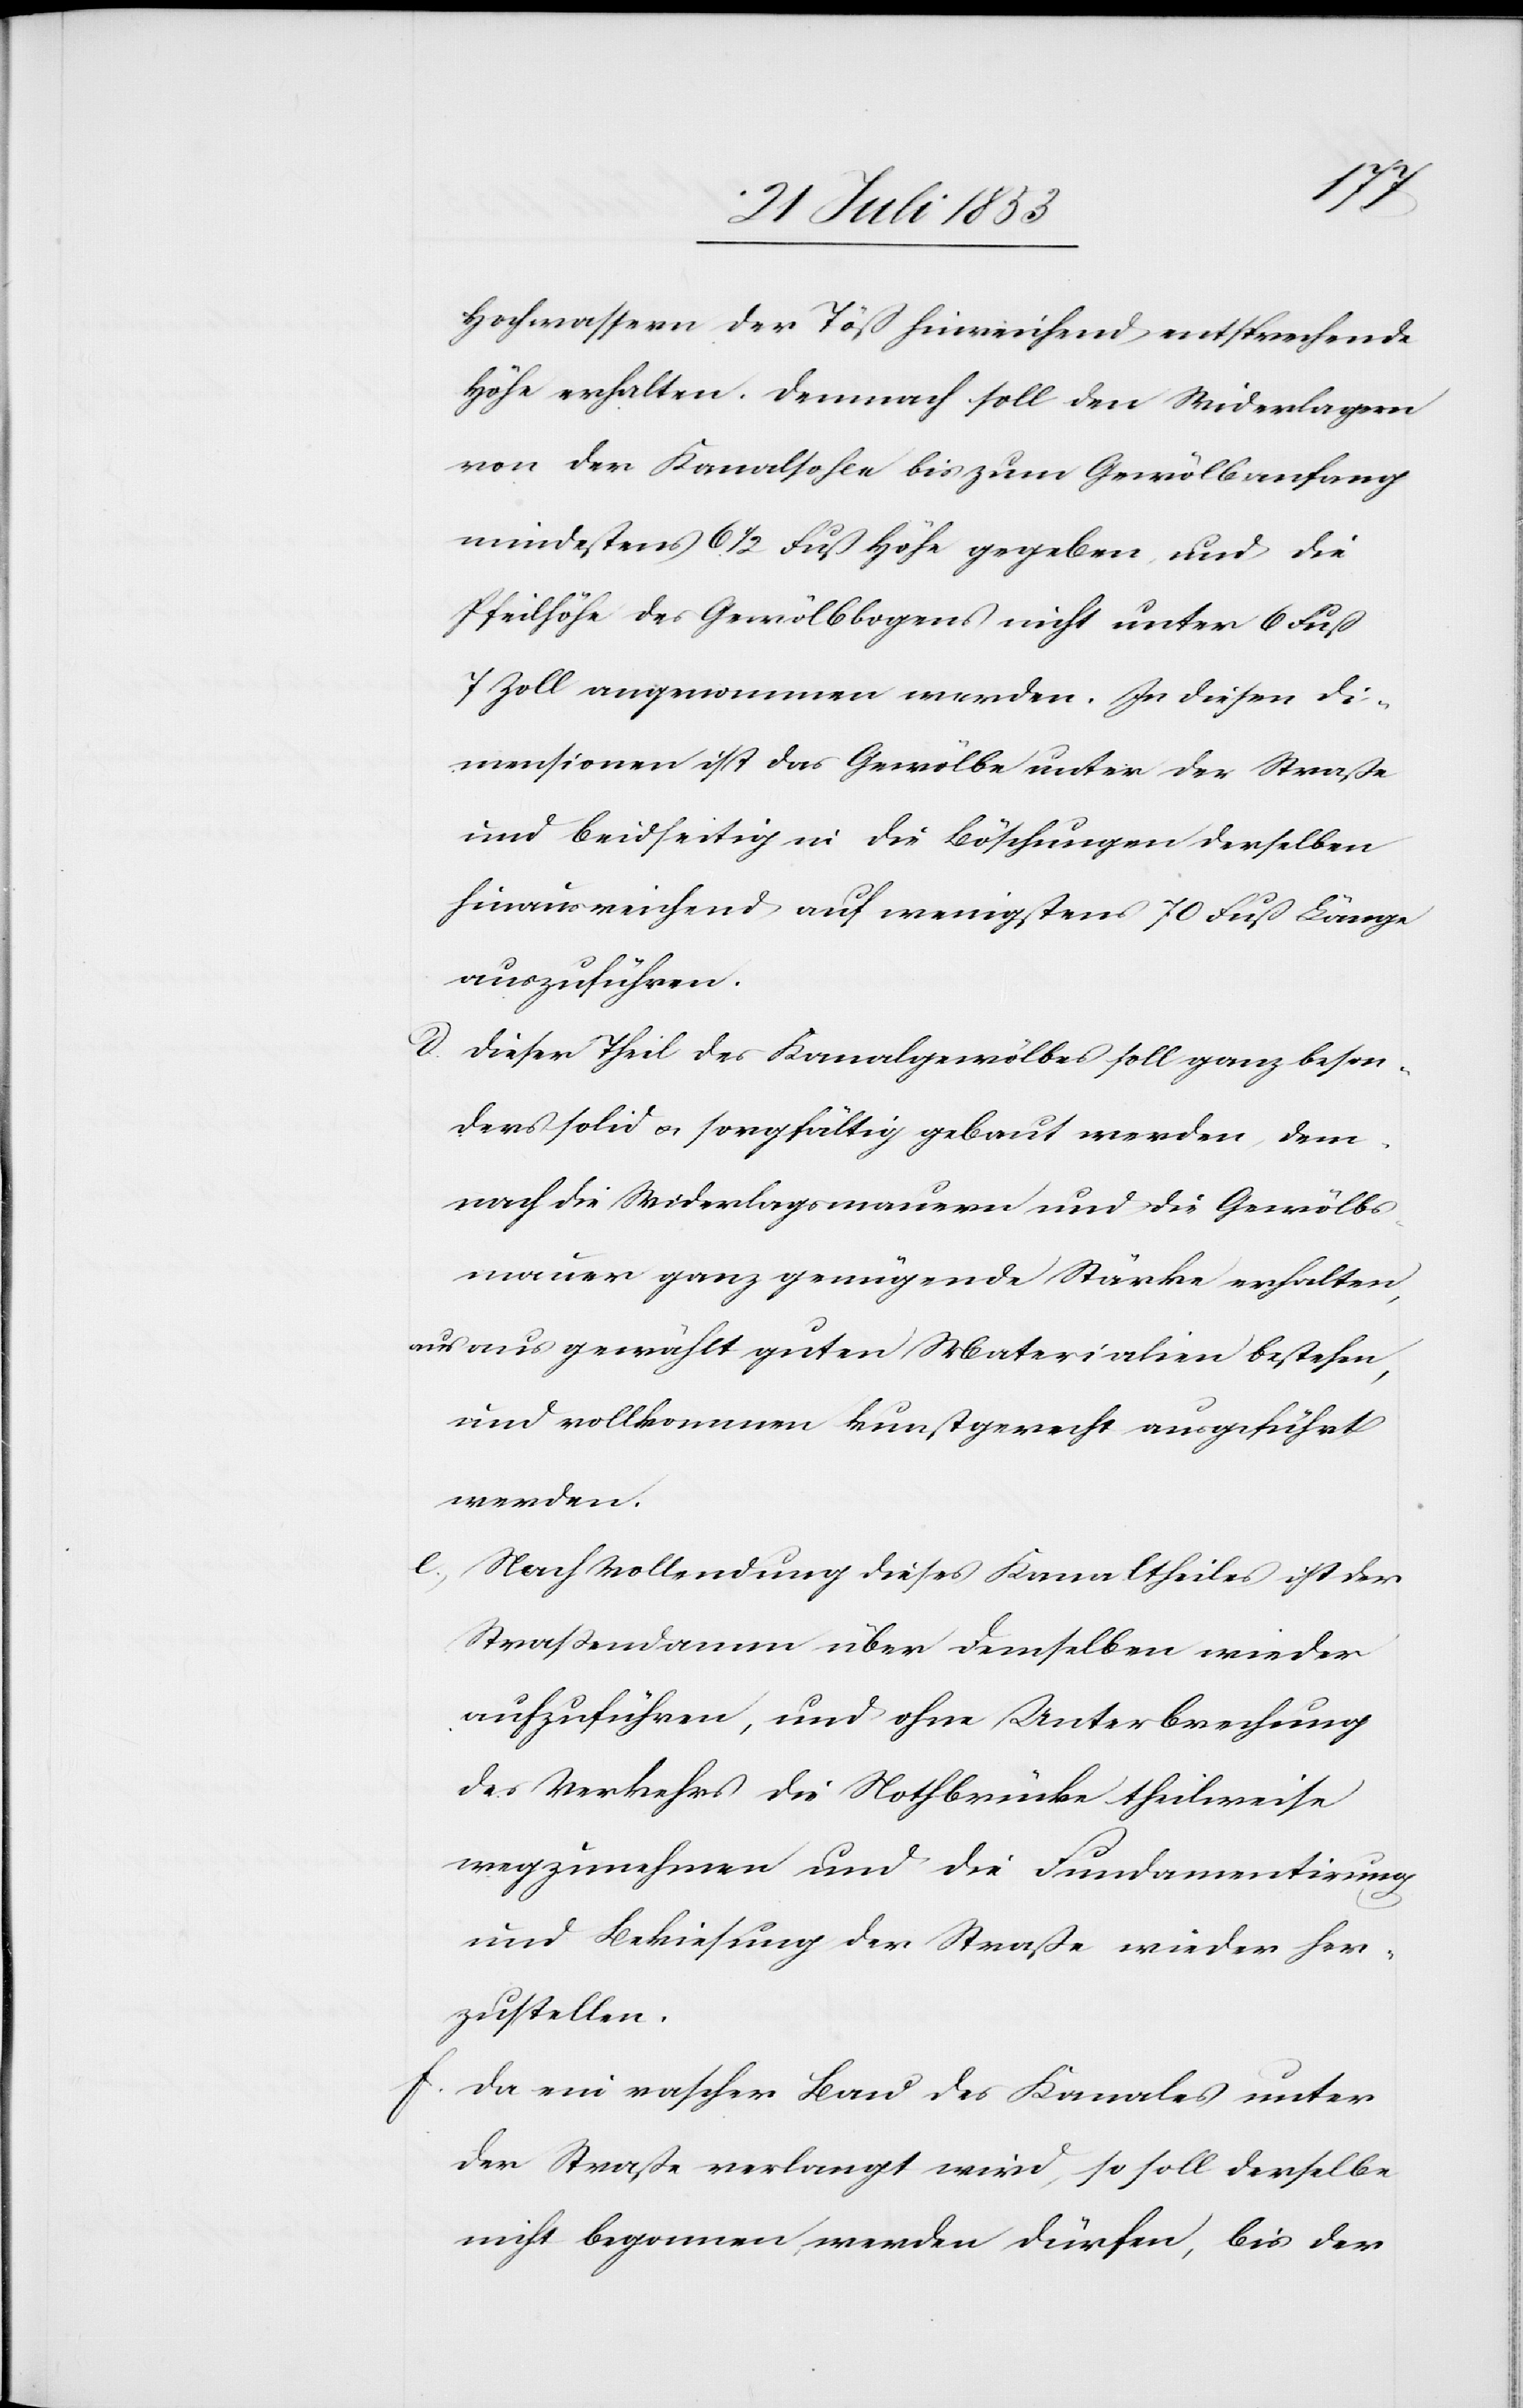
Hochwassern der Töß hinreichend entsprechende
Höhe erhalten. Demnach soll den Widerlagern
von der Kanalsohle bis zum Gewölbanfang
mindestens 6 1/2 Fuß Höhe gegeben und die
Pfeilhöhe des Gewölbbogens nicht unter 6 Fuß
7 Zoll angenommen werden. In diesen Di¬
mensionen ist das Gewölbe unter der Straße
und beidseitig in die Böschungen derselben
hinausreichend auf wenigstens 70 Fuß Länge
auszuführen.
Dieser Theil des Kanalgewölbes soll ganz beson¬
ders solid u. sorgfältig gebaut werden, dem¬
nach die Widerlagsmauern und die Gewölbs¬
mauer ganz genügende Stärke erhalten,
aus aus [sic!] gewählt guten Materialien bestehen,
und vollkommen kunstgerecht ausgeführt
werden.
e, Nach Vollendung dieses Kanaltheiles ist der
Straßendamm über demselben wieder
aufzuführen, und ohne Unterbrechung
des Verkehres die Nothbrücke theilweise
wegzunehmen und die Fundamentirung
und Bekiesung der Straße wieder her¬
zustellen.
f, Da ein rascher Bau des Kanales unter
der Straße verlangt wird, so soll derselbe
nicht begonnen werden dürfen, bis der